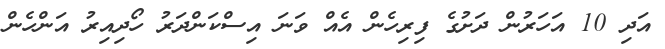
އަދި 10 އަހަރުން ދަށުގެ ފިރިހެން އެއް ވަނަ އިސްކަންދަރު ހޯދިއިރު އަންހެން